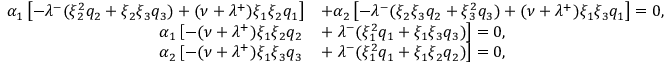
\begin{array} { r l } { \alpha _ { 1 } \left[ - \lambda ^ { - } ( \xi _ { 2 } ^ { 2 } q _ { 2 } + \xi _ { 2 } \xi _ { 3 } q _ { 3 } ) + ( \nu + \lambda ^ { + } ) \xi _ { 1 } \xi _ { 2 } q _ { 1 } \right] } & { + \alpha _ { 2 } \left[ - \lambda ^ { - } ( \xi _ { 2 } \xi _ { 3 } q _ { 2 } + \xi _ { 3 } ^ { 2 } q _ { 3 } ) + ( \nu + \lambda ^ { + } ) \xi _ { 1 } \xi _ { 3 } q _ { 1 } \right] = 0 , } \\ { \alpha _ { 1 } \left[ - ( \nu + \lambda ^ { + } ) \xi _ { 1 } \xi _ { 2 } q _ { 2 } \right. } & { + \left. \lambda ^ { - } ( \xi _ { 1 } ^ { 2 } q _ { 1 } + \xi _ { 1 } \xi _ { 3 } q _ { 3 } ) \right] = 0 , } \\ { \alpha _ { 2 } \left[ - ( \nu + \lambda ^ { + } ) \xi _ { 1 } \xi _ { 3 } q _ { 3 } \right. } & { + \left. \lambda ^ { - } ( \xi _ { 1 } ^ { 2 } q _ { 1 } + \xi _ { 1 } \xi _ { 2 } q _ { 2 } ) \right] = 0 , } \end{array}